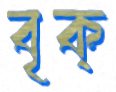
বৃক্